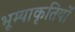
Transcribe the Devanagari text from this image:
भूम्याकृतियों